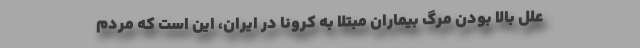
علل بالا بودن مرگ‌ بیماران مبتلا به کرونا در ایران، این است که مردم